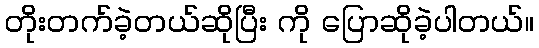
တိုးတက်ခဲ့တယ်ဆိုပြီး ကို ပြောဆိုခဲ့ပါတယ်။